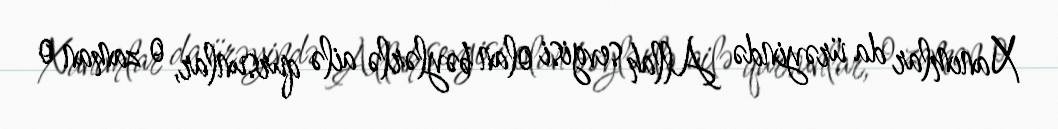
Xanımlar da ürəyində Allah sevgisi olan bəylərlə ailə qursunlar, o zaman o